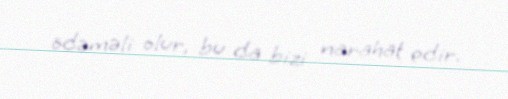
ödəməli olur, bu da bizi narahat edir.